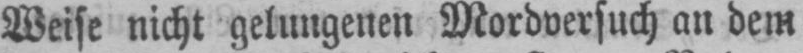
Weise nicht gelungenen Mordversuch an dem